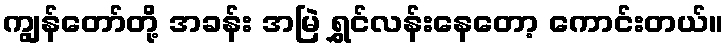
ကျွန်တော်တို့ အခန်း အမြဲ ရွှင်လန်းနေတော့ ကောင်းတယ်။